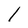
Character: l